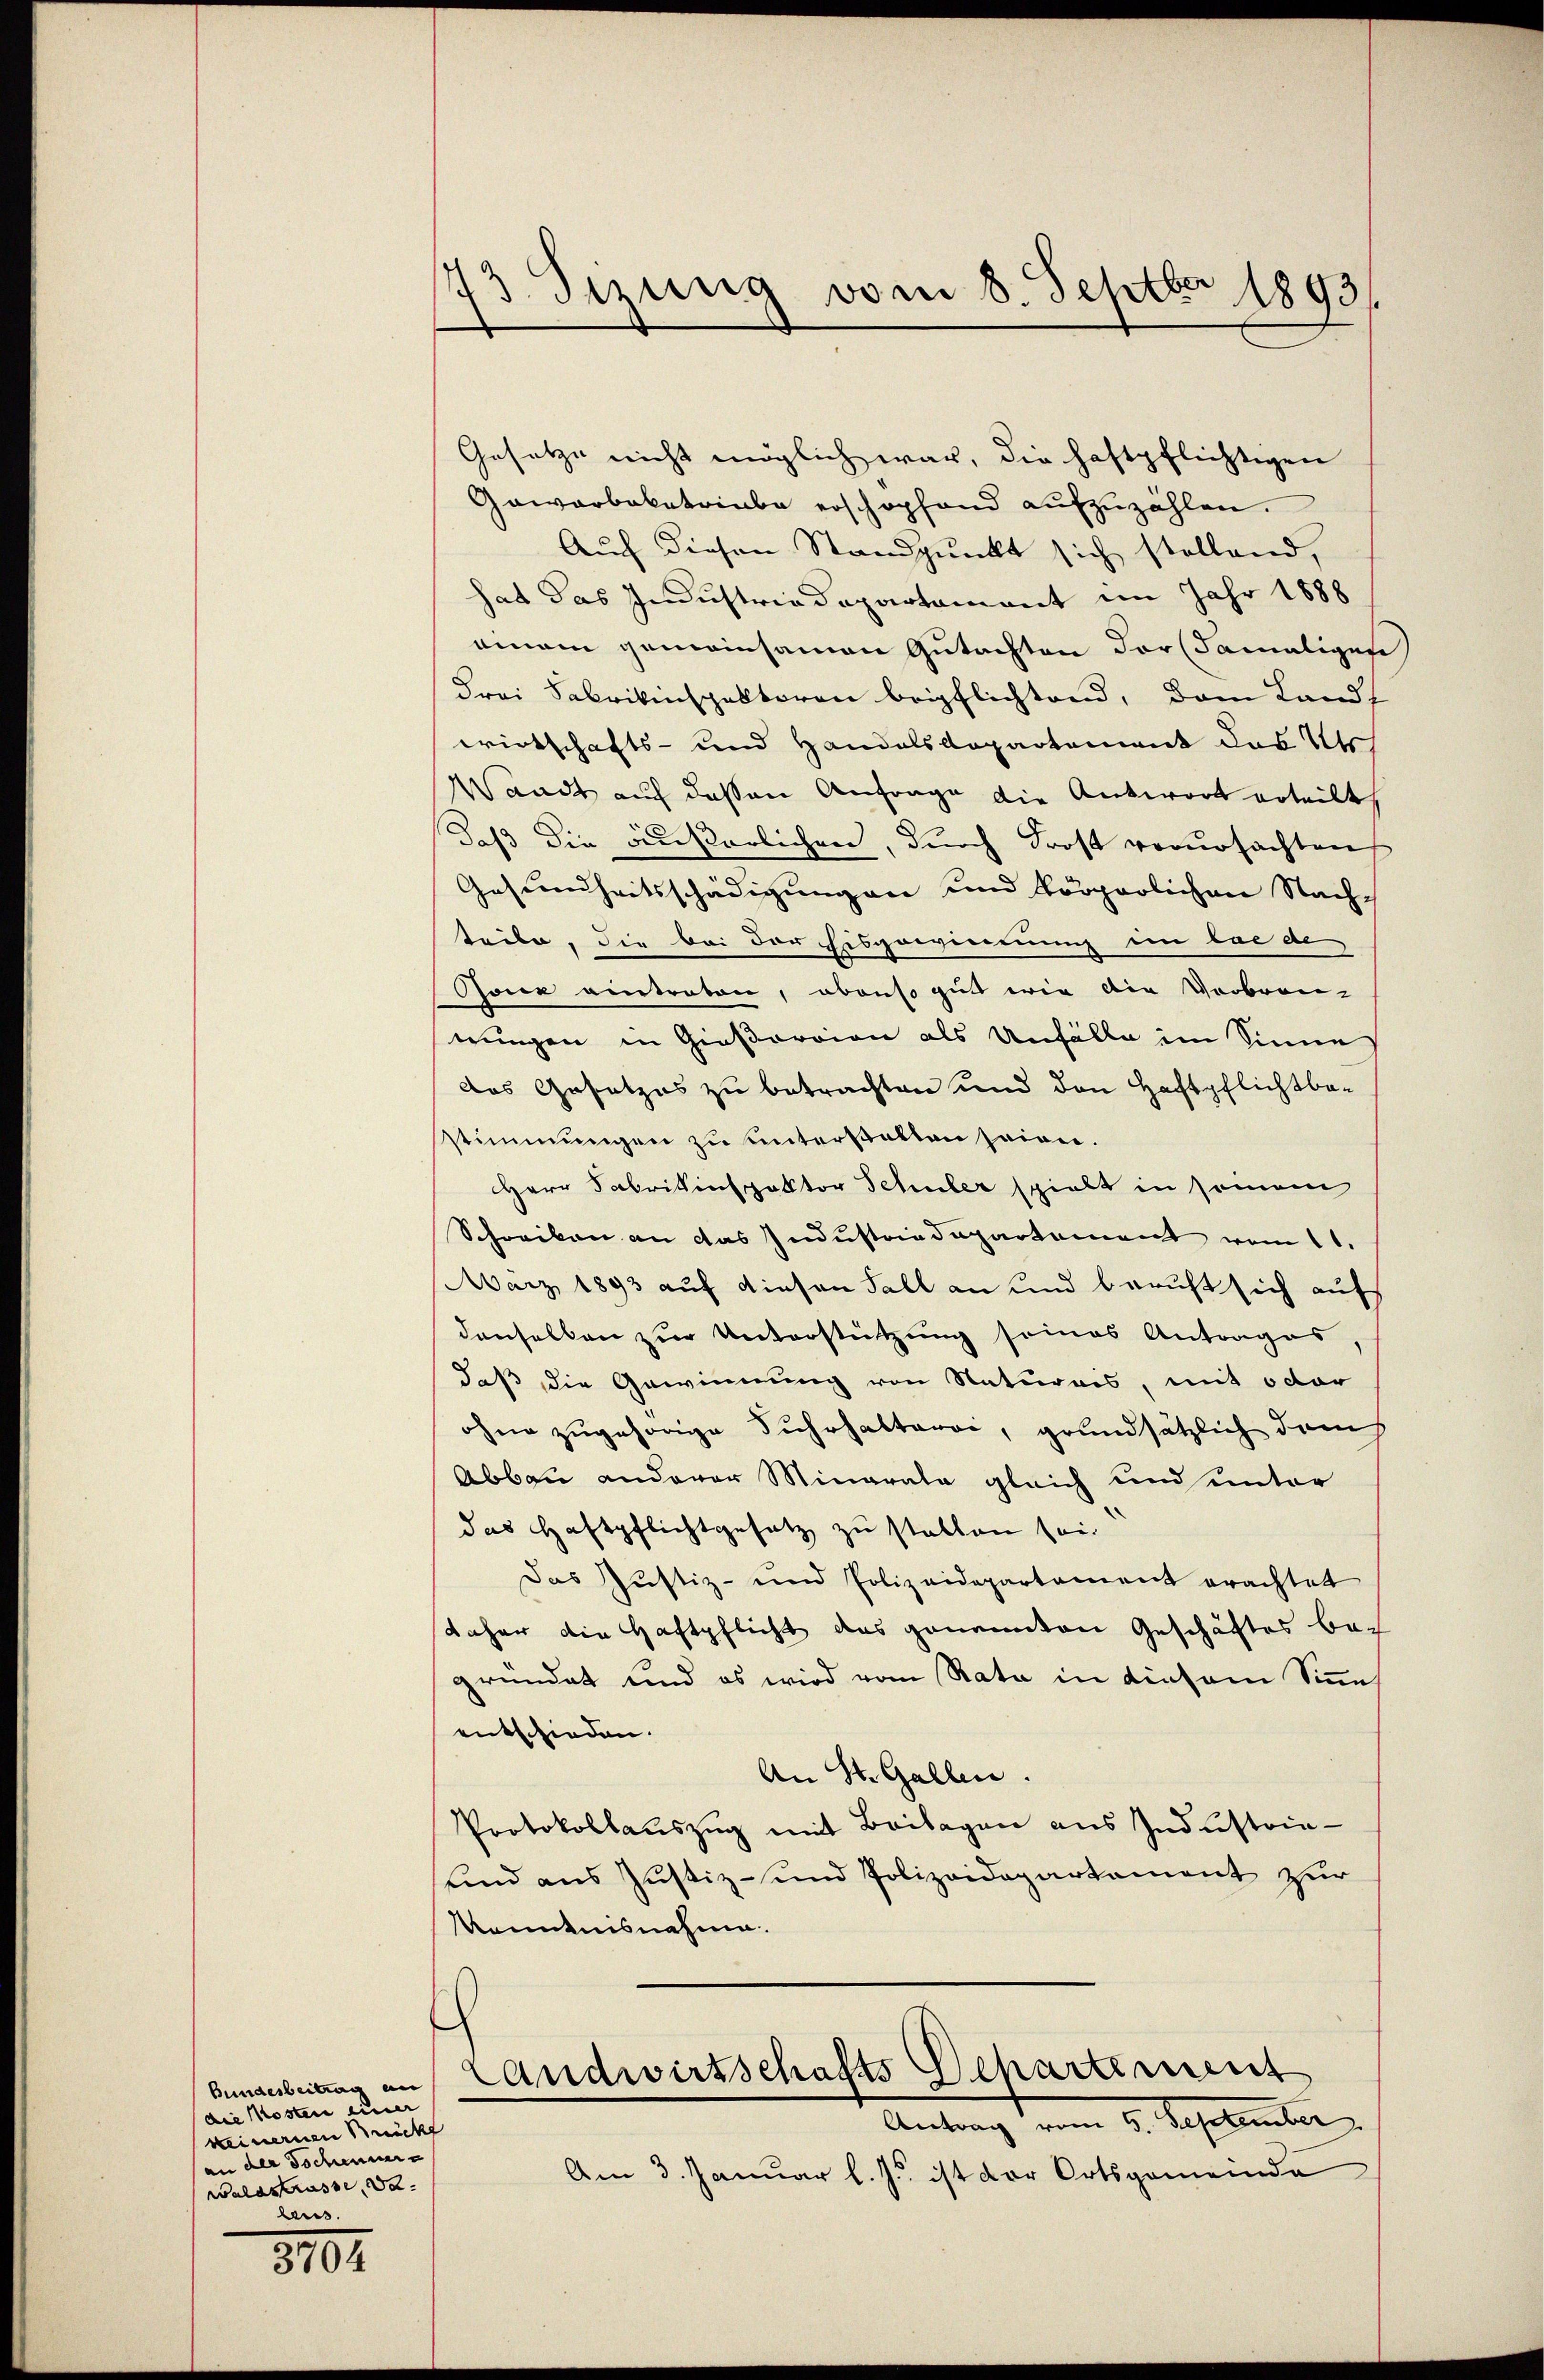
Bundesbeitrag an
die Kosten einer
keinernen Rück
der Tochennere
Waldstrasse, da
laus

3704

173 Sizung vom 8. Septbr 1893/

Gesetze nicht möglich war, die haftpflichtigen
Gawarbakatriebe erschopfand aŭfzŭzählen.
Auch diesen Standpunkt sich stellend,
hat das Industriadepartament im Jahr 1888
einem gemeinsamen Gutachten der (damaliges
Frei Fabrikinspektoren beipflichtend, dem Landt
wirtschafts- und Handelskopartement das Kts.
Waadt auf dessen Anfrage die Antwort erteilt,
daß die äußerlichen, durch Frost verursachten
Gesundheitsschädigungen und körperlichen Nach-
teile, die bei der Eisgewinnung im las de
Soir eintreten, abenso gut wie die Verbren-
nungen in Gießorrian als Unfälle im Sinne
das Gesetzes zu betrachten und den Haftpflichtba-
stimmungen zu unterstatten seien.
HHerr Fabrikinspektor Schuler spielt in seien
Schreiben an das Industriedepartement vom 11.
März 1893 auf diesen Fall an und beruft sich auf
denselben zur Unterstützung seines Antrages
daß die Gewinnung von Naturais, mit oder
ohne zugehörige Fuhrhalteroi, grundsätzlich durch
Abbau anderer Minarale gleich und unter
das Haftpflichtgesetz zu stellen sei.
Das Justiz- und Polizeidepartament erachtet
daher die Haftpflicht das genannten Geschäftes bei
gründet und es wird vom Rata in diesem Sinne
entschieden.
An St. Gallen.
Protokollauszug mit Beilagen aus Industria-
sind aus Justiz- und Polizeidepartement zur
Kenntnisnahme.
Landwirtschafts Separtement
Antrag vom 5. September.
Am 3. Januar l. J. ist der Ortsgemeinde